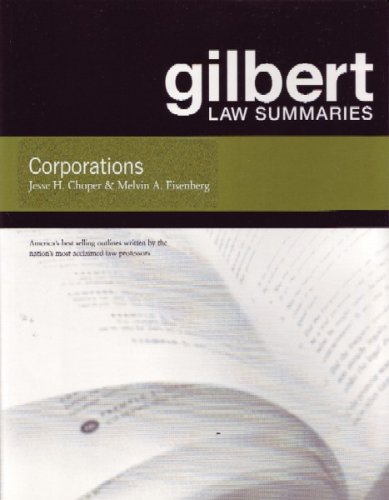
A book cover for Gilbert Law Summaries on Corporations; Melvin Eisenberg; Law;